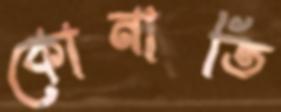
কোনাতি